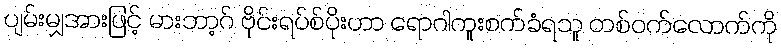
ပျမ်းမျှအားဖြင့် မားဘာ့ဂ် ဗိုင်းရပ်စ်ပိုးဟာ ရောဂါကူးစက်ခံရသူ တစ်ဝက်လောက်ကို